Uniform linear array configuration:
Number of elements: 12
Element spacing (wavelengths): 1
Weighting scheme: hann
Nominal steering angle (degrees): -15
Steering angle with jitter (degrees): -13.882
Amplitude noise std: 0.05
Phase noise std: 0.05

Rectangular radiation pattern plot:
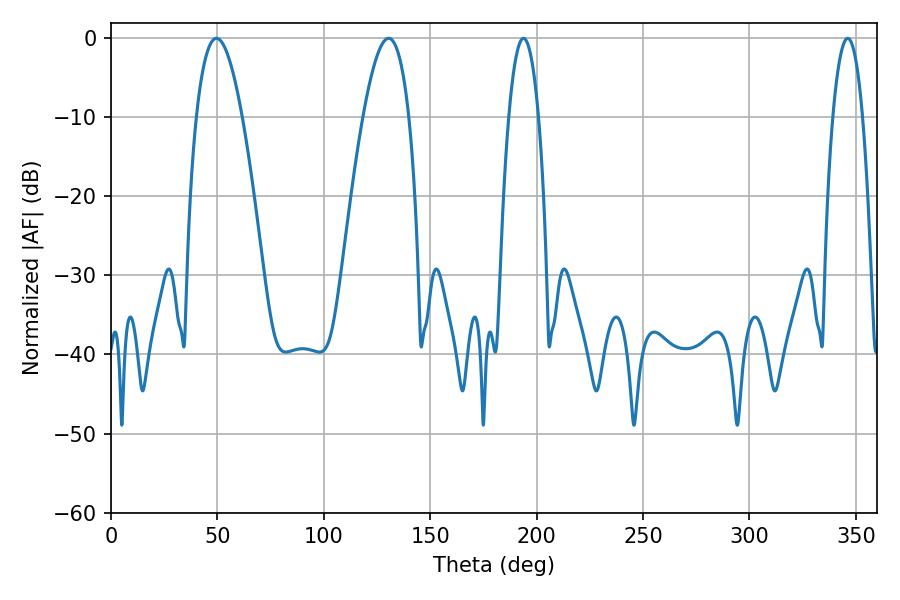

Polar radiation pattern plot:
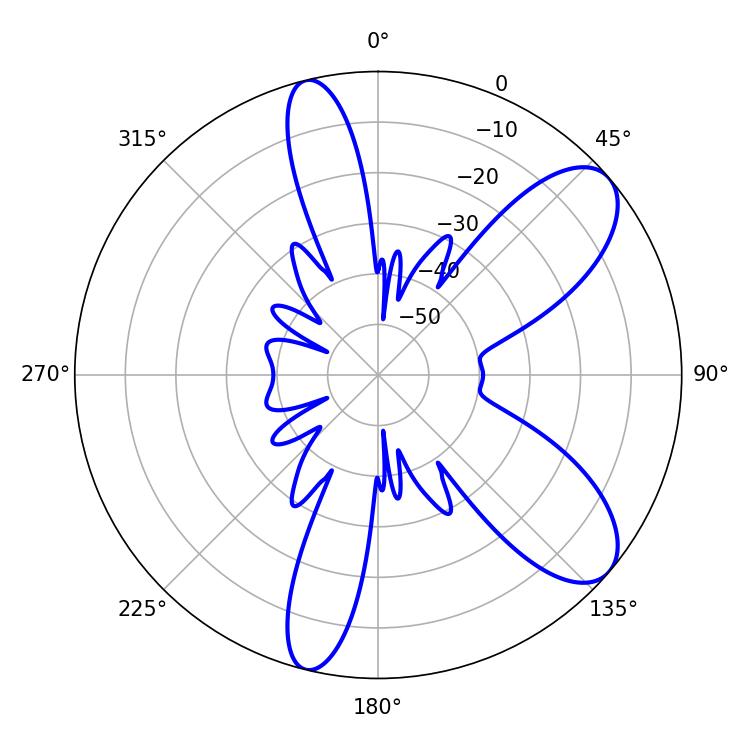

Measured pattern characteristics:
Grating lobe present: TRUE
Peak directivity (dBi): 8.686
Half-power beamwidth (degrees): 7.74
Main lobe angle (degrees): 193.86